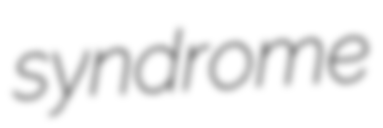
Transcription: syndrome